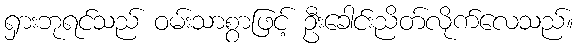
ရှားဘုရင်သည် ဝမ်းသာစွာဖြင့် ဦးခေါင်းညိတ်လိုက်လေသည်။